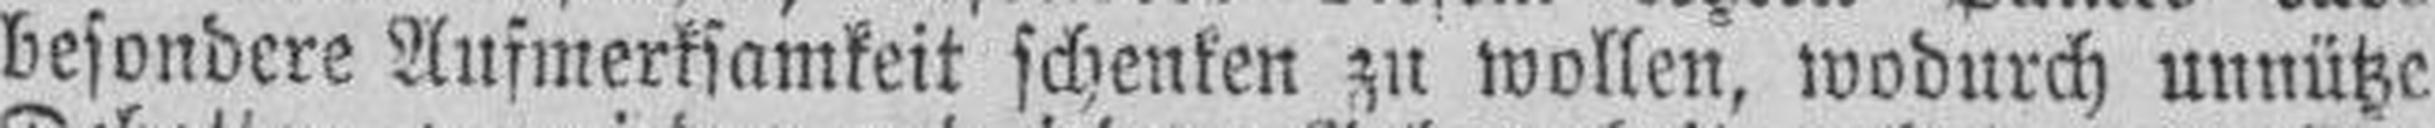
besondere Aufmerksamkeit schenken zu wollen, wodurch unnütze